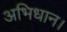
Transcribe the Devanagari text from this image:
अभिधान।